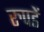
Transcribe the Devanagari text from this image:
रुपडें